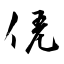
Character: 凭